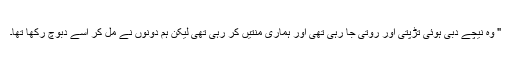
" وہ نیچے دبی ہوئی تڑپتی اور روتی جا رہی تھی اور ہماری منتیں کر رہی تھی لیکن ہم دونوں نے مل کر اسے دبوچ رکھا تھا۔